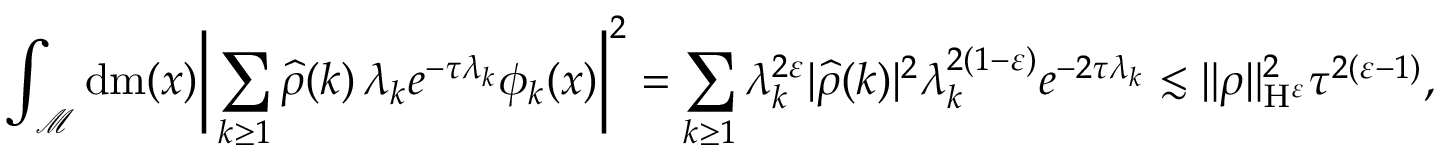
\int _ { \mathcal { M } } \mathrm { d } \mathrm { m } ( x ) \bigg \vert \sum _ { k \geq 1 } \widehat { \rho } ( k ) \, \lambda _ { k } e ^ { - \tau \lambda _ { k } } \phi _ { k } ( x ) \bigg \vert ^ { 2 } = \sum _ { k \geq 1 } \lambda _ { k } ^ { 2 \varepsilon } \vert \widehat { \rho } ( k ) \vert ^ { 2 } \lambda _ { k } ^ { 2 ( 1 - \varepsilon ) } e ^ { - 2 \tau \lambda _ { k } } \lesssim \| \rho \| _ { \mathrm { H } ^ { \varepsilon } } ^ { 2 } \tau ^ { 2 ( \varepsilon - 1 ) } ,